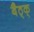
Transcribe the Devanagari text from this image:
बैठ्क्